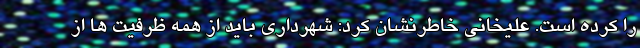
را کرده است. علیخانی خاطرنشان کرد: شهرداری باید از همه ظرفیت ها از